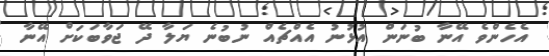
އެހެންވެ އޭނާ ބުނަން އުޅުނު އެއްޗެއް ނުބުނެ ޔަލާ ދޭ ޖަވާބަކަށް އޭނާ